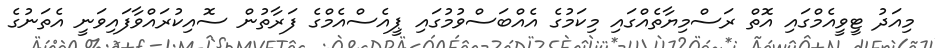
މިއަދު ޓީވީއެމްގައި އޮތް ރަސްމިޔާތެއްގައި މިކަމުގެ އެއްބަސްވުމުގައި ޕީއެސްއެމްގެ ފަރާތުން ސޮއިކުރައްވާފައިވަނީ އެތަނުގެ